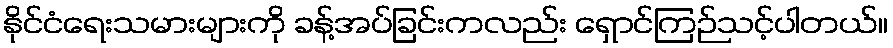
နိုင်ငံရေးသမားများကို ခန့်အပ်ခြင်းကလည်း ရှောင်ကြဉ်သင့်ပါတယ်။